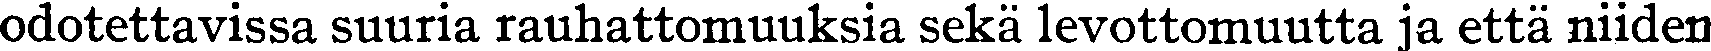
odotettavissa suuria rauhattomuuksia sekä levottomuutta ja että niiden